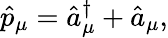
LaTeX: \hat{p}_{\mu}=\hat{a}_{\mu}^{\dagger}+\hat{a}_{\mu},